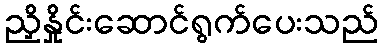
ညှိနှိုင်းဆောင်ရွက်ပေးသည်